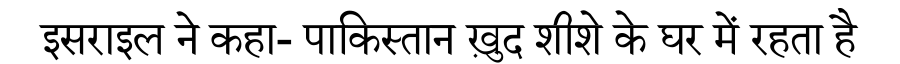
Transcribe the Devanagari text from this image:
इसराइल ने कहा- पाकिस्तान ख़ुद शीशे के घर में रहता है